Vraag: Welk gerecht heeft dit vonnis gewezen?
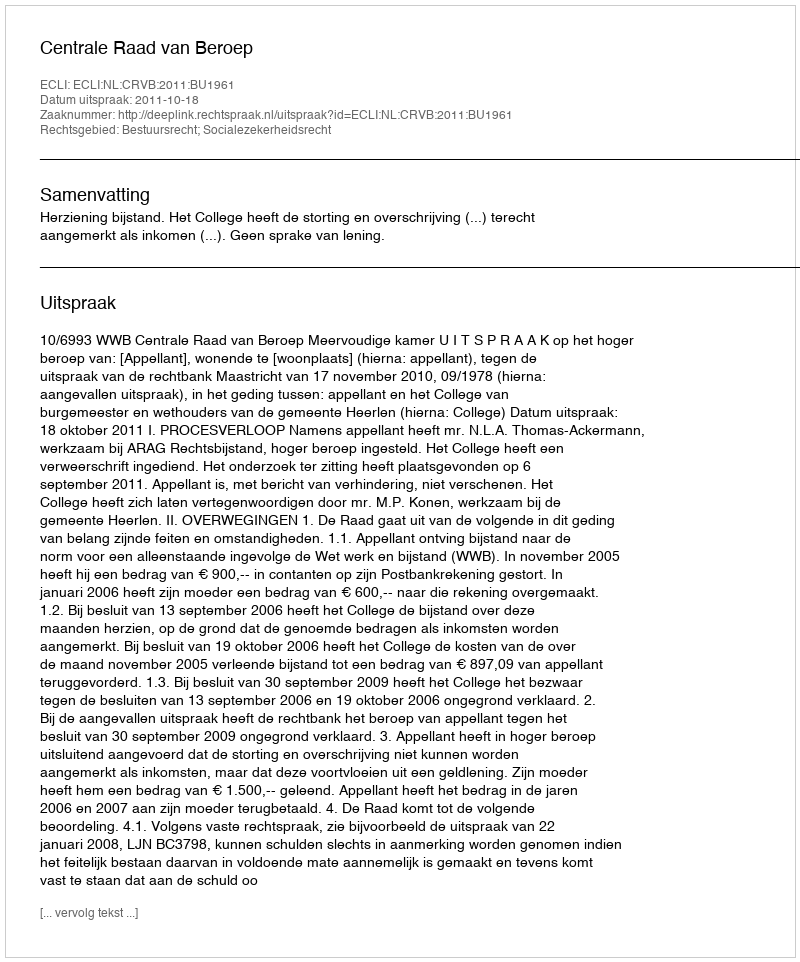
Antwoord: Centrale Raad van Beroep